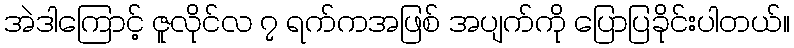
အဲဒါကြောင့် ဇူလိုင်လ ၇ ရက်ကအဖြစ် အပျက်ကို ပြောပြခိုင်းပါတယ်။